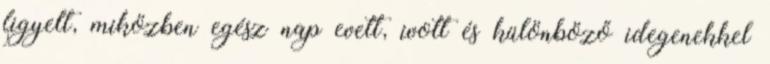
figyelt, miközben egész nap evett, ivott és különböző idegenekkel